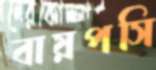
বায়পসি